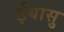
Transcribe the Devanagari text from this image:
ईयासु